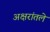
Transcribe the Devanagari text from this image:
अक्षरांतले